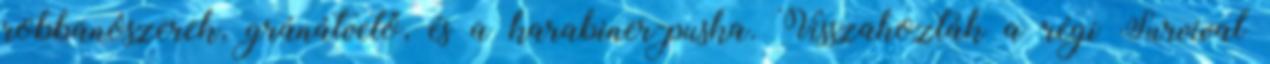
robbanószerek, gránátvető, és a karabiner-puska. Visszahozták a régi Survival